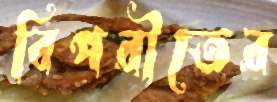
বিপরীতের